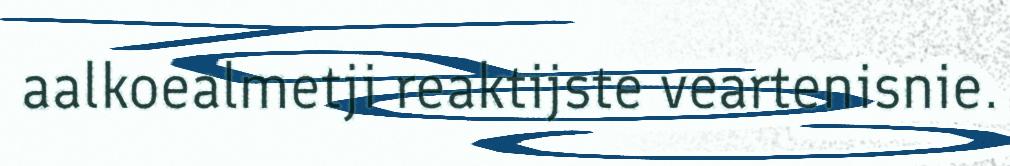
aalkoealmetji reaktijste veartenisnie.